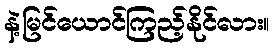
နဲ့မြင်ယောင်ကြည့်နိုင်လား။